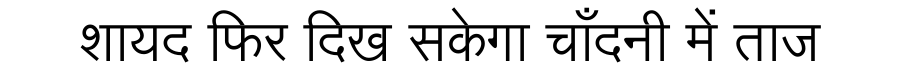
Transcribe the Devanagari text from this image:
शायद फिर दिख सकेगा चाँदनी में ताज